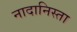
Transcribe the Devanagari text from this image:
नादानिस्ता